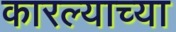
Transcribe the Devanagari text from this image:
कारल्याच्या